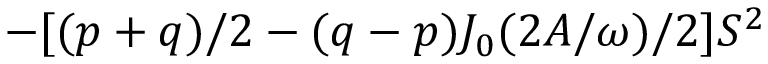
- [ ( p + q ) / 2 - ( q - p ) J _ { 0 } ( 2 A / \omega ) / 2 ] S ^ { 2 }